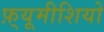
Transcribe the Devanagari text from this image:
फ़्यूमीशियो